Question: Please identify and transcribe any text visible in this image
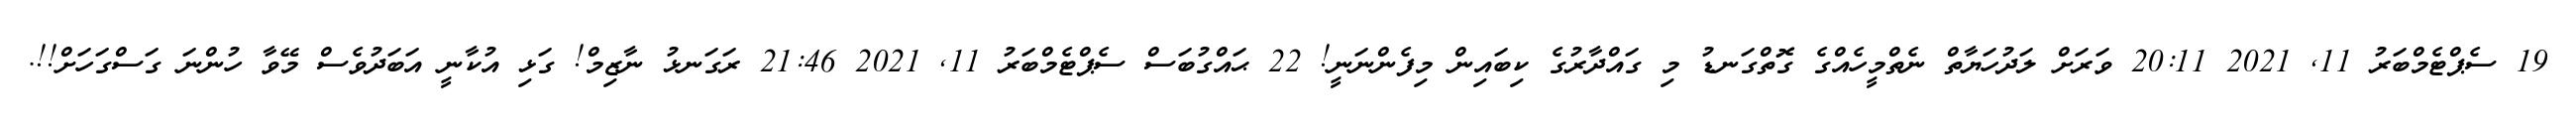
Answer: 19 ސެޕްޓެމްބަރު 11, 2021 20:11 ވަރަށް ލަދުހަޔާތް ނެތްމީހެއްގެ ގޮތްގަނޑު މި ގައްދާރުގެ ކިބައިން މިފެންނަނީ! 22 ޙައްގުބަސް ސެޕްޓެމްބަރު 11, 2021 21:46 ރަގަނޅު ނާޒިމް! ގަޅި އުކާނީ އަބަދުވެސް މޭވާ ހުންނަ ގަސްގަހަށް!!.